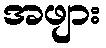
အဖျား